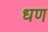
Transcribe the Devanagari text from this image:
धण